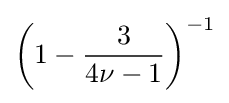
\left(1-{\frac {3}{4\nu -1}}\right)^{-1}